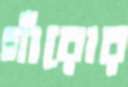
গাঁরোর